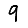
Digit: 9